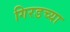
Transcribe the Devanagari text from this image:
गिरडच्या